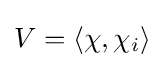
V=\left\langle \chi ,\chi _{i}\right\rangle